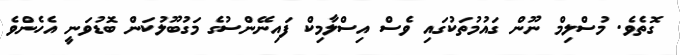
ގޮތެވެ. މުސްލިމް ނޫން ގައުމުތަކުގައި ވެސް އިސްލާމިކް ފައިނޭންސުގެ މަގުބޫލުކަން ބޮޑުވަނީ އެހެންވެ